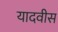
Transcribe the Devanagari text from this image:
यादवीस